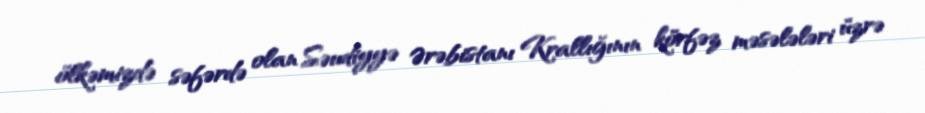
ölkəmizdə səfərdə olan Səudiyyə Ərəbistanı Krallığının körfəz məsələləri üzrə